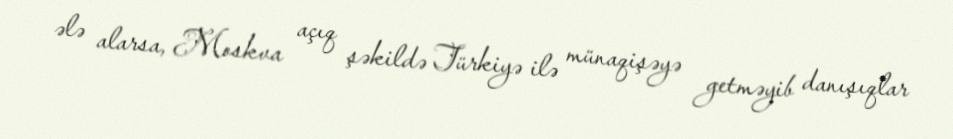
ələ alarsa, Moskva açıq şəkildə Türkiyə ilə münaqişəyə getməyib danışıqlar